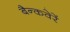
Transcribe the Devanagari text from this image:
बैन्कवेरें